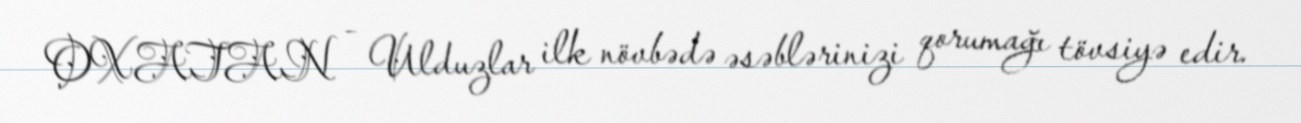
OXATAN - Ulduzlar ilk növbədə əsəblərinizi qorumağı tövsiyə edir.